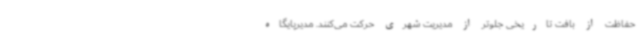
حفاظت از بافت تاریخی جلوتر از مدیریت شهری حرکت می‌کنند. مدیرپایگاه